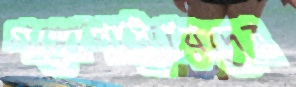
গঙ্গোপাধ্যায়দের